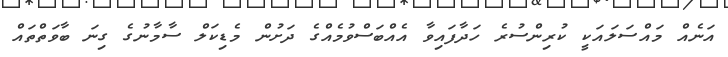
އަނެއް މައްސަލައަކީ ކުރިންސުރެ ހަދާފައިވާ އެއްބަސްވުމެއްގެ ދަށުން މެޑިކަލް ސާމާނުގެ ގިނަ ބާވަތްތައް